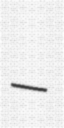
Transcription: –